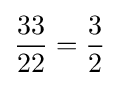
{\frac {33}{22}}={\frac {3}{2}}